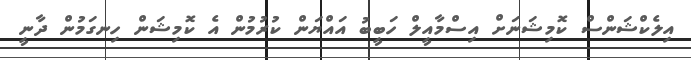
އިލެކްޝަންސް ކޮމިޝަނަށް އިސްމާއީލް ހަބީބު އައްޔަން ކުރުމުން އެ ކޮމިޝަން ހިނގަމުން ދާނީ